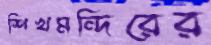
শিখমন্দিরের